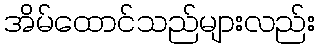
အိမ်ထောင်သည်များလည်း